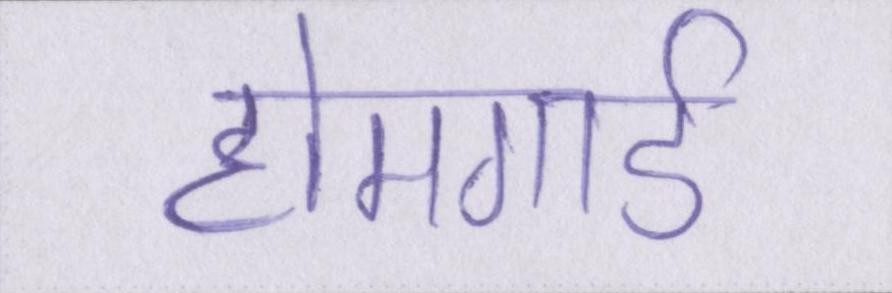
होमगार्ड